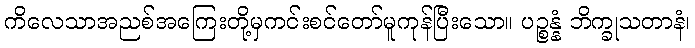
ကိလေသာအညစ်အကြေးတို့မှကင်းစင်တော်မူကုန်ပြီးသော။ ပဉ္စန္နံ ဘိက္ခုသတာနံ၊